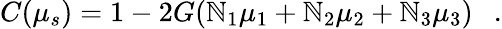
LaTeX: C(\mu_{s})=1-2G(\mathbb{N}_{1}\mu_{1}+\mathbb{N}_{2}\mu_{2}+\mathbb{N}_{3}\mu_{3})~~~.